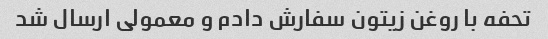
تحفه با روغن زیتون سفارش دادم و معمولی ارسال شد